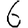
Digit: 6